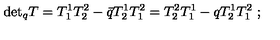
\mathrm { d e t } _ { q } T = T _ { 1 } ^ { 1 } T _ { 2 } ^ { 2 } - \bar { q } T _ { 2 } ^ { 1 } T _ { 1 } ^ { 2 } = T _ { 2 } ^ { 2 } T _ { 1 } ^ { 1 } - q T _ { 2 } ^ { 1 } T _ { 1 } ^ { 2 } \ ;